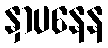
နှာပနေန